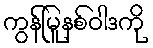
ကွန်မြူနစ်ဝါဒကို